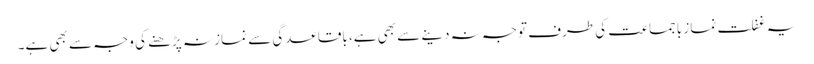
یہ غفلت نماز باجماعت کی طرف توجہ نہ دینے سے بھی ہے، باقاعدگی سے نماز نہ پڑھنے کی وجہ سے بھی ہے۔